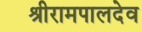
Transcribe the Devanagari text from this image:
श्रीरामपालदेव